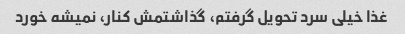
غذا خیلی سرد تحویل گرفتم، گذاشتمش کنار، نمیشه خورد